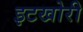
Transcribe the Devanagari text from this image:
इटखोरी